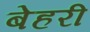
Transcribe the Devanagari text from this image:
बेहरी